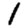
Digit: 1